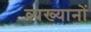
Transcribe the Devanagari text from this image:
व्यख्यानों